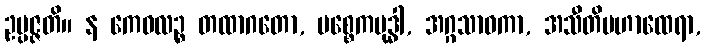
ဥပ္ပဇ္ဇတိ။ န ကေဝလဉ္စ တထာဂတော, ပစ္စေကဗုဒ္ဓါ, အဂ္ဂသာဝကာ, အသီတိမဟာထေရာ,